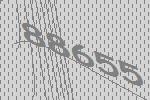
88655